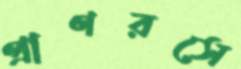
প্রাণরসে